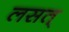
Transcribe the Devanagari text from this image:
लसत्